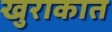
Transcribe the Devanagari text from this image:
खुराकात